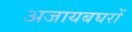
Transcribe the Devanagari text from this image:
अजायबघरों